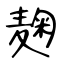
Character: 麹